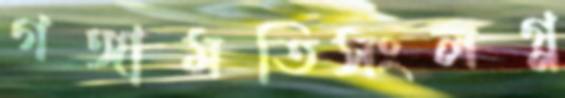
গঙ্গামতিসংলগ্ন